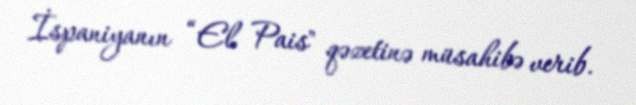
İspaniyanın “El Pais" qəzetinə müsahibə verib.